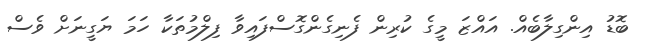
ބޮޑު އިންގިލާބެއް. އައްޒަ މީގެ ކުރިން ފެނިގެންގޮސްފައިވާ ފިލްމުތަކާ ހަމަ ޔަގީނަށް ވެސް